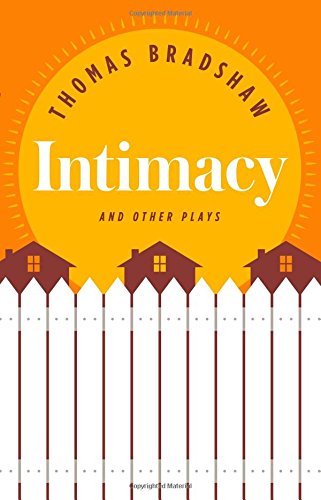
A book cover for Intimacy and Other Plays; Thomas Bradshaw; Literature & Fiction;